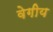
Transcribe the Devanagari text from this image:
वेगीय